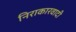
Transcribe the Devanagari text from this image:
निराकारवादी